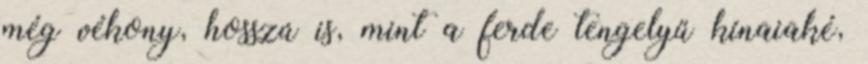
még vékony, hosszú is, mint a ferde tengelyű kínaiaké,